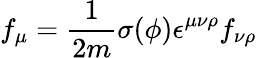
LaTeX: f_{\mu}=\frac{1}{2m}\sigma(\phi)\epsilon^{\mu\nu\rho}f_{\nu\rho}